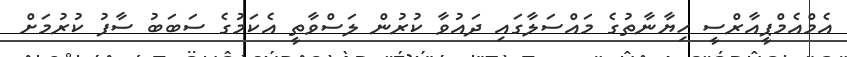
އެމްއެމްޕީއާރްސީ ހިޔާނާތުގެ މައްސަލާގައި ދައުވާ ކުރުން ލަސްވާތީ އެކަމުގެ ސަބަބު ސާފު ކުރުމަށް